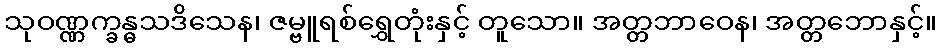
သုဝဏ္ဏက္ခန္ဓသဒိသေန၊ ဇမ္ဗူရစ်ရွှေတုံးနှင့် တူသော။ အတ္တဘာဝေန၊ အတ္တဘောနှင့်။